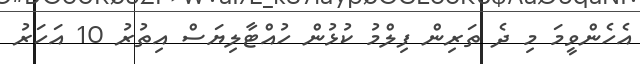
އެހެންވީމަ މި ދެ ތަރިން ފިލްމު ކުޅުން ހުއްޓާލިޔަސް އިތުރު 10 އަހަރު